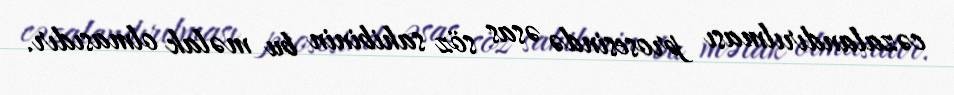
cəzalandırılması prosesində əsas söz sahibinin bu məlak olmasıdır.